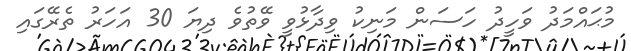
މުޙައްމަދު ވަހީދު ހަސަން މަނިކު ވިދާޅުވީ ވޭތުވެ ދިޔަ 30 އަހަރު ތެރޭގައި